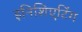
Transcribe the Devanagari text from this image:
इनिशिएटिंग